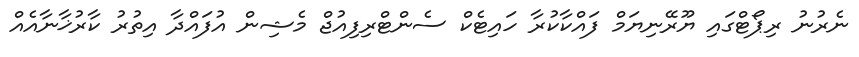
ނެރުނު ރިޕޯޓްގައި ޔޫރޭނިޔަމް ފައްކާކުރާ ހައިޓެކް ސެންޓްރިފިއުޖް މެޝިން އުފައްދާ އިތުރު ކާރުޚާނާއެއް